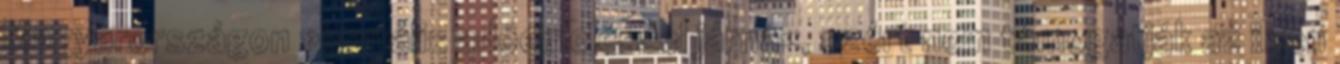
Magyarországon »brutális adóemeléssel járna«, ezért nem támogatják az ilyen